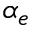
\alpha _ { e }